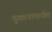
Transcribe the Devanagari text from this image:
दुकानांमार्फत